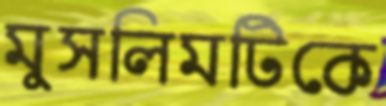
মুসলিমটিকে